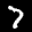
Label: 7